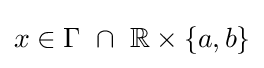
x\in \Gamma \ \cap \ \mathbb {R} \times \{a,b\}